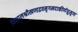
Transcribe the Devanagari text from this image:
विशालश्रीखण्डद्रवमृगमदाकीर्णघुसृण